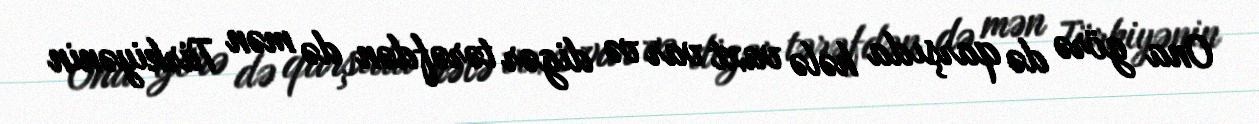
Ona görə də qarşıda hələ vaxt var və digər tərəfdən də mən Türkiyənin